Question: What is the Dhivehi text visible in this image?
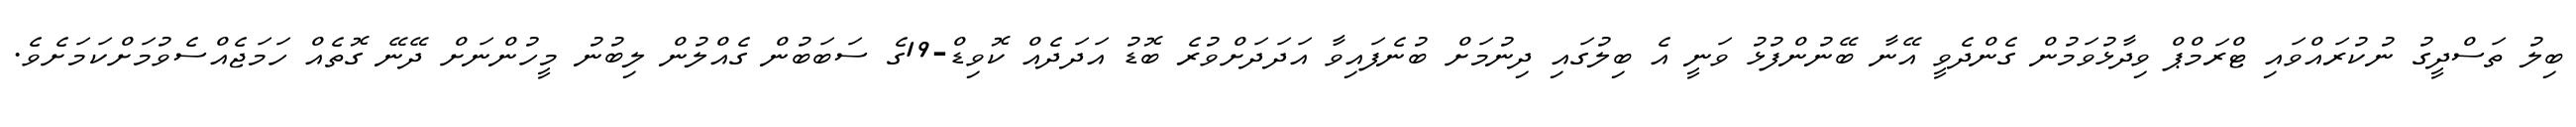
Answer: ބިލު ތަސްދީގު ނުކުރައްވައި ޓްރަމްޕް ވިދާޅުވަމުން ގެންދެވީ އޭނާ ބޭނުންފުޅު ވަނީ އެ ބިލުގައި ދިނުމަށް ބުނެފައިވާ އަދަދަށްވުރެ ބޮޑު އަދަދެއް ކޮވިޑް-19ގެ ސަބަބުން ގެއްލުން ލިބުނު މީހުންނަށް ދޭނޭ ގޮތެއް ހަމަޖެއްސެވުމަށްކަމަށެވެ.